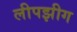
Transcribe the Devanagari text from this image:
लीपझीग